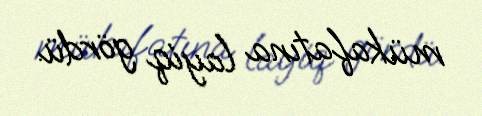
mükafatına layiq gördü.